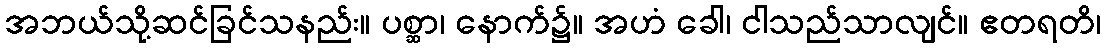
အဘယ်သို့ဆင်ခြင်သနည်း။ ပစ္ဆာ၊ နောက်၌။ အဟံ ခေါ၊ ငါသည်သာလျင်။ ဧတရတိ၊